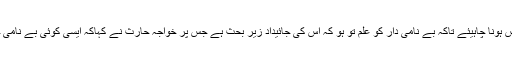
فاضل جج محمد بشیرکا کہنا تھا کہ بے نامی دار کو نوٹس ہونا چاہیئے تاکہ بے نامی دار کو علم تو ہو کہ اس کی جائیداد زیر بحث ہے جس پر خواجہ حارث نے کہاکہ ایسی کوئی بے نامی جائیداد نہیں ہے اگر اس حوالے شواہد ملیں تو پھر بلا لیں۔